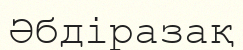
Әбдіразақ